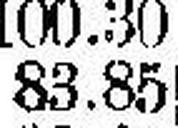
83.85